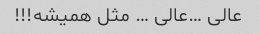
عالی …عالی … مثل همیشه!!!